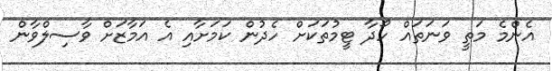
އެންމެ މަތީ ވަނަތައް ހޯދާ ޓީމުތަކަށް ހެދުން ކަމަށާއި އެ އަމާޒަށް ވާސިލްވާން